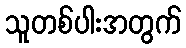
သူတစ်ပါးအတွက်